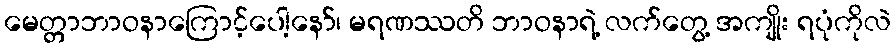
မေတ္တာဘာဝနာကြောင့်ပေါ့နော်၊ မရဏဿတိ ဘာဝနာရဲ့ လက်တွေ့ အကျိုး ရပုံကိုလဲ